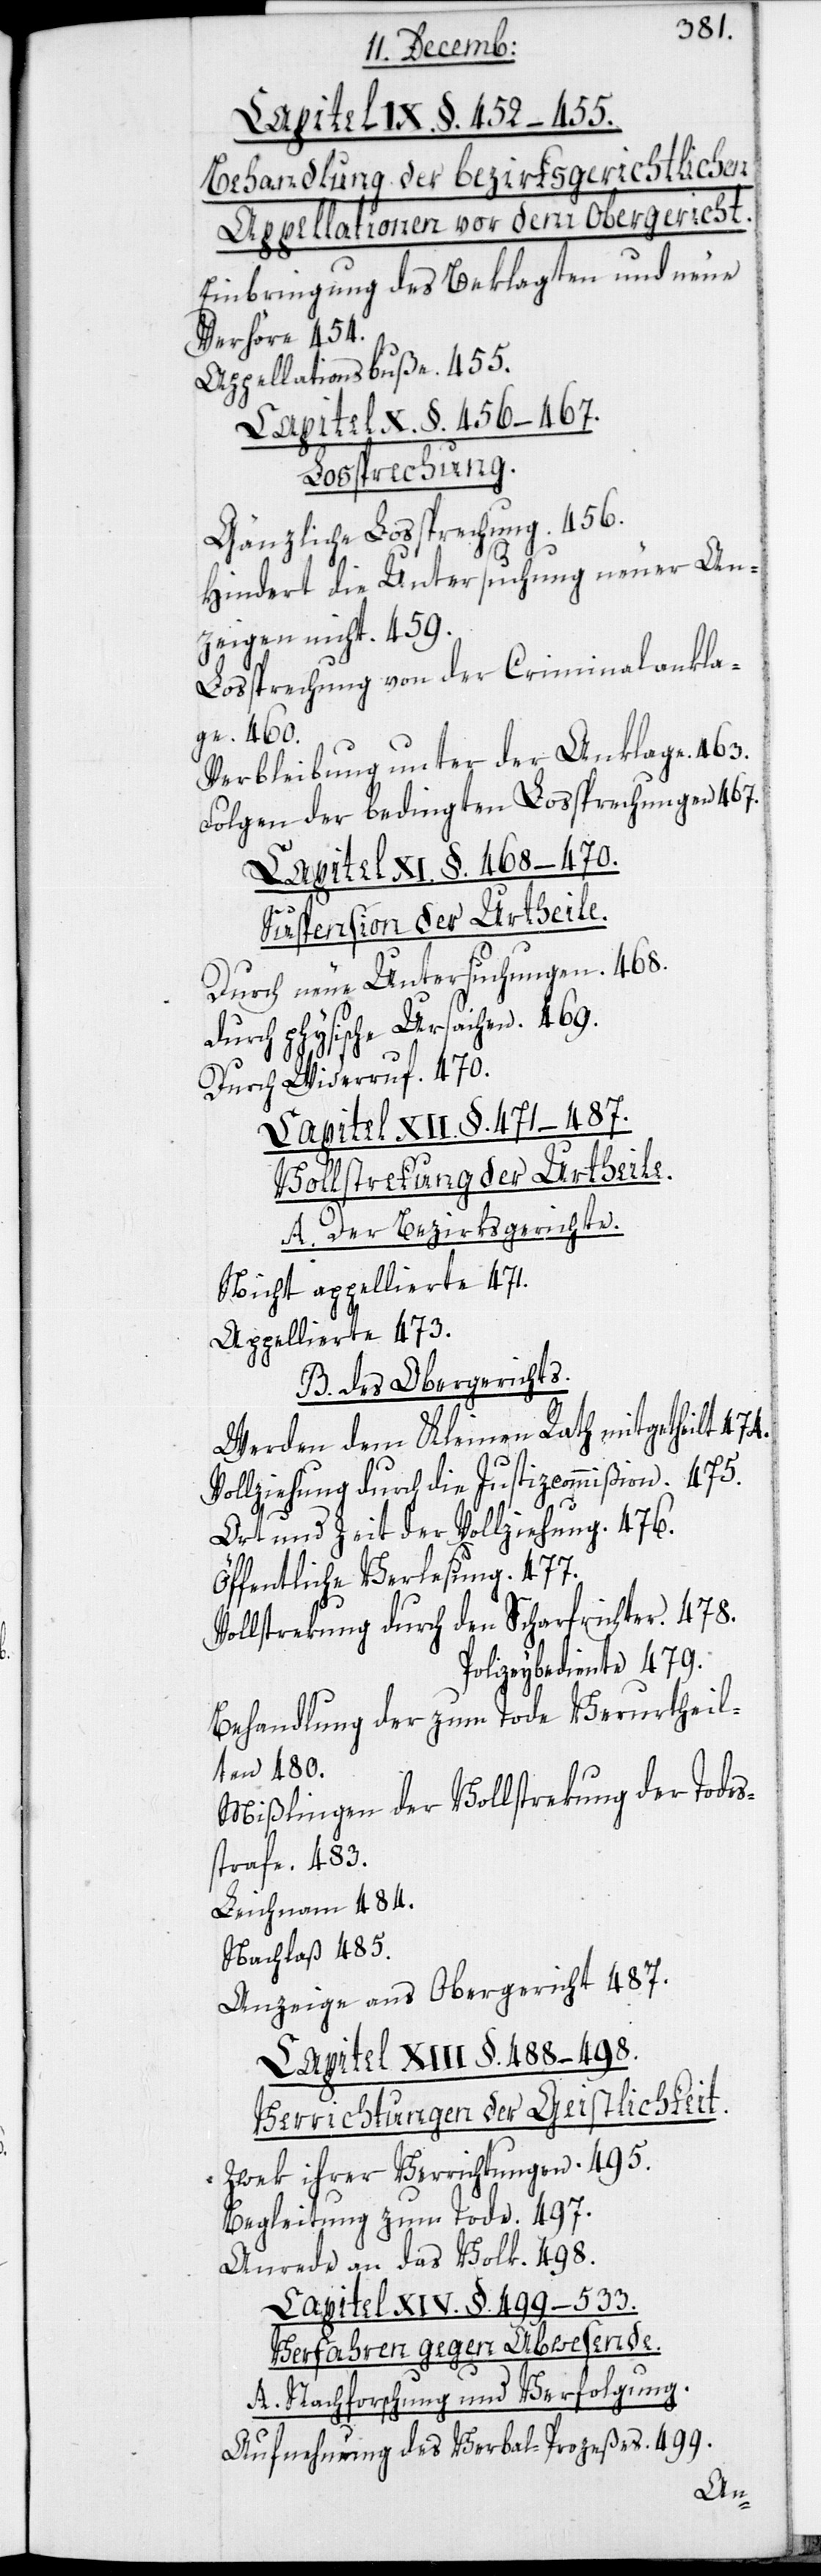
Capitel IX. §. 452–455.
Behandlung der bezirksgerichtlichen
Appellationen vor dem Obergericht.
Einbringung des Beklagten und neue
Verhöre. 454.
Appellationsbuße. 455.
Capitel X. §. 456–467.
Lossprechung.
Gänzliche Lossprechung. 456.
Hindert die Untersuchung neuer An¬
zeigen nicht. 459.
Lossprechung von der Criminalankla¬
ge. 460.
Verbleibung unter der Anklage. 463.
Folgen der bedingten Lossprechung. 467.
Capitel XI. §. 468–470.
Suspension der Urtheile.
Durch neue Untersuchungen. 468.
Durch physische Ursachen. 469.
Widerruf. 470.
Durch
Capitel XII. §. 471–487.
Vollstreckung der Urtheile.
A. Der Bezirksgerichte.
Nicht appellierte 471.
Appellierte 473.
B. des Obergerichts.
Werden dem Kleinen Rath mitgetheilt. 474.
Vollziehung durch die Justizcommißion. 475.
Art und Zeit der Vollziehung. 476.
Öffentliche Verlesung. 477.
Vollstrekung durch den Scharfrichter. 478.
Polizeybediente 479.
Behandlung der zum Tode Verurtheil¬
ten. 480.
Mißlingen der Vollstrekung der Todes¬
strafe. 483.
Leichnam. 484.
Nachlaß 485.
Anzeige ans Obergericht 487.
Capitel XIII. §. 488–498.
Verrichtungen der Geistlichkeit.
Zwek ihrer Verrichtungen. 495.
Begleitung zum Tode. 497.
Anrede an das Volk. 498.
Capitel XIV. §. 499–533.
Verfahren gegen Abwesende.
A. Nachforschung und Verfolgung.
Aufnehmung des Verbal-Prozeßes. 499.